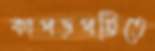
কাপড়পট্টিতে